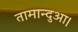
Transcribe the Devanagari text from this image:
तामान्दुआ।